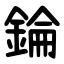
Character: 錀